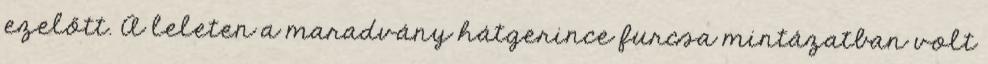
ezelőtt. A leleten a maradvány hátgerince furcsa mintázatban volt